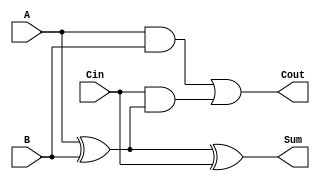
module full_adder (
    input  wire A,      // First input bit
    input  wire B,      // Second input bit
    input  wire Cin,    // Carry-in bit
    output wire Sum,    // Resulting sum bit
    output wire Cout    // Carry-out bit
);

    // Behavioral description of the Full Adder
    assign Sum = A ^ B ^ Cin;                  // Sum output
    assign Cout = (A & B) | (Cin & (A ^ B));  // Carry-out output

endmodule